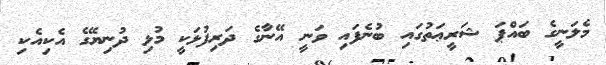
މެލަނީގެ ބައްޕަ ޝަރީޢަތުގައި ބުނެފައި ވަނީ އޭނާގެ ދަރިފުޅަކީ މުޅި ދުނިޔޭގެ އެކިއެކި